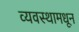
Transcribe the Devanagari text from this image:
व्यवस्थामधून